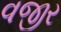
વજીર